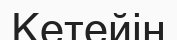
Кетейін